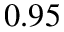
0 . 9 5